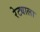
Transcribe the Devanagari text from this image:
रेट्याला